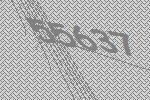
55637